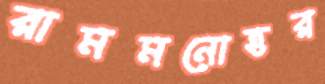
রামমনোহর